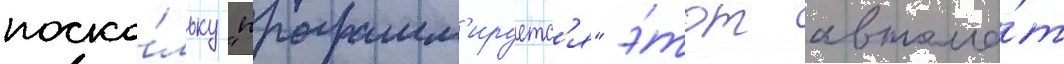
поско́льку "программ'ируетс'я" э́тот автома́т